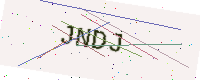
Text: JNDJ